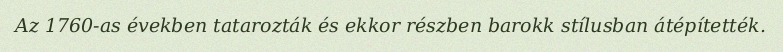
Az 1760-as években tatarozták és ekkor részben barokk stílusban átépítették.